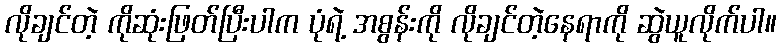
လိုချင်တဲ့ ကိုဆုံးဖြတ်ပြီးပါက ပုံရဲ့ အစွန်းကို လိုချင်တဲ့နေရာကို ဆွဲယူလိုက်ပါ။